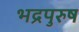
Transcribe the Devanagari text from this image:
भद्रपुरुष